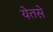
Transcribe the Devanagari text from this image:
येतसे